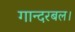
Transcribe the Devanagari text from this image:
गान्दरबल।